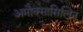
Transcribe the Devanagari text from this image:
अमौक्सासिलिन